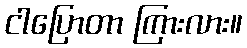
ငါပြောတာ ကြားလား။